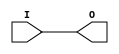
module IBUFG_HSTL_II_DCI (O, I);

    output O;

    input  I;

	buf B1 (O, I);


endmodule